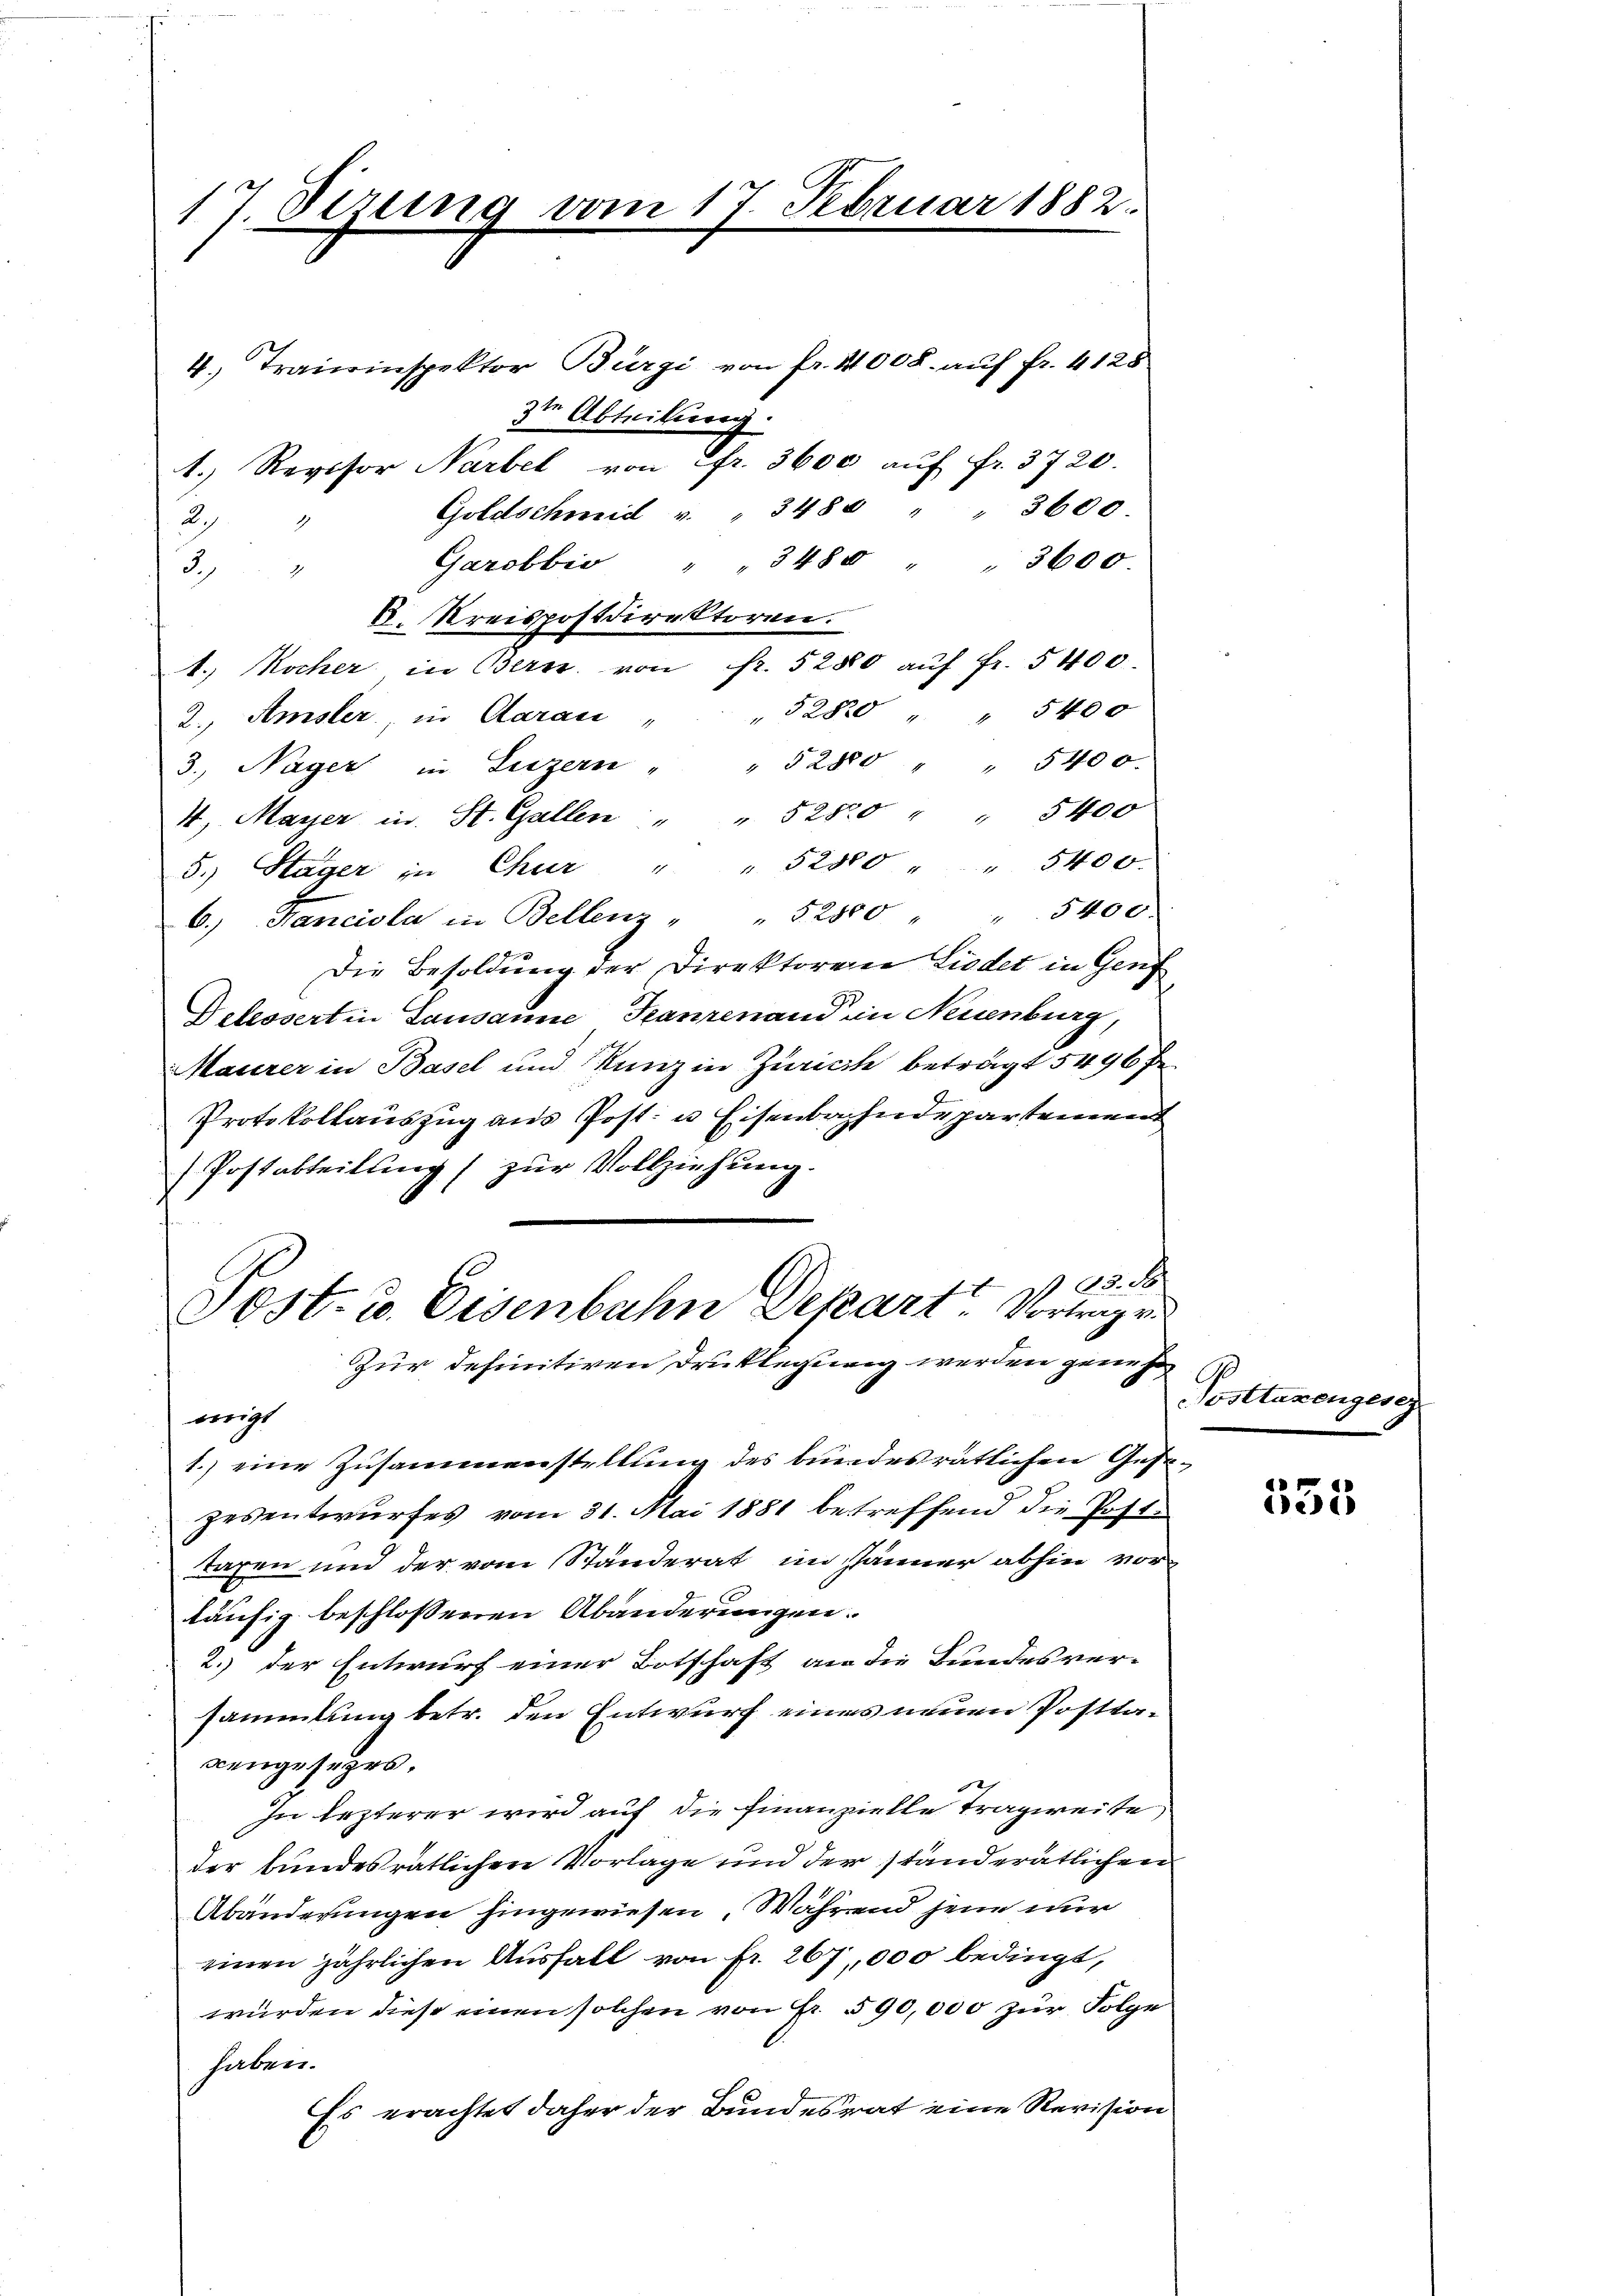
17. Dezung vom 17. Februar 1882.
4.) Transinspektor Bürgi von fr. 4008. auf fr. 4128

3
6.) Hanciola in Bellenz " " 52500 " " 5400.
Die Besoldung der Direktorene Liedet in Genf
Delessert in Lausanne, Tanzenand in Neuenburg,
Maierer in Basel und Kunz in Zürich beträgt 5496 Pe
Protokollauszug aus Post u. Eisenbahndepartement
Postabteilung zur Vollziehung.
122. d
Post- u. Eisenbahn Depart Vortrag v
Zur definitiven Druklegung werden genehwigt
1.) eine Zusammenstellung des bundesrätlichen Gesezesentwurfes vom 31. Mai 1881 betreffend die Poste
tagen und der vom Ständerat im Jänner abhin vorläufig beschlossenen Abänderungen.
2. der Entwurf einer Botschaft an die Bundesver-
sammlung betr. den Entwurf eines neuen Posttagengesezes.
In lezterer wird auf die Finanzielle Tragweite
der bundesrätlichen Vorlage und der ständerätlichen
Abänderungen hingewiesen, Während jene nur
einen jährlichen Ausfall von fr. 267,000 bedingt,
würden diese einen solchen von Fr. 590,000 zur Folge
haben.
Es erachtet daher der Bundesrat eine Revision

A

zte Abteilung
1.) Revisor Narbel von fr. 3600 aŭf fr. 3720.
Goldschmid " " 3485 3600.
Garobbi " 348. 3600
k. Kreispostdirektoren.
1. Kocher in Bern von Fr. 52800 aŭf fr. 5400.
2. Amsler, in Caran " " 3280 " " 5400
3. Nager in Luzern " " 52880 " " 5400.
4. Mayer in St. Gallen " " 5280 " 5400
5.) Stäger in Chur " " 52380 5400.

Posttaxengesez

535